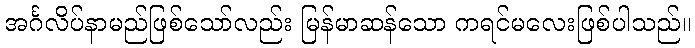
အင်္ဂလိပ်နာမည်ဖြစ်သော်လည်း မြန်မာဆန်သော ကရင်မလေးဖြစ်ပါသည်။